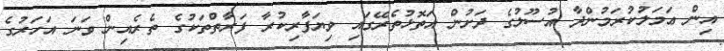
އިން ޢަމަލުކުރަމުންދާ އުސޫލުގެ ދަށުން އަތޮޅުތެރޭގައި ވިޔަފާރިކުރާ ފަރާތްތަކުގެ ތެރެއިން ވަނަ އަހަރުގެ